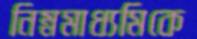
নিম্নমাধ্যমিকে